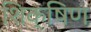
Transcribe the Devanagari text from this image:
शिक्षिण